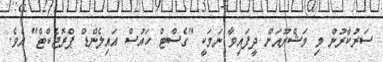
ސަރުކާރުން މި މަޝްރޫއަށް ދީފައިވާ ނަމަކީ "ގެސްޓް ހައުސް އައިލެންޑް ޕްރޮޖެކްޓް" އެވެ.